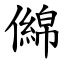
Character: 㒙